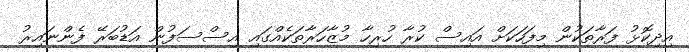
އިދިކޮޅު ފަރާތަކުން މިފަހަކަށް އައިސް ކުރާ ހުރިހާ މުޒާހަރާތަކެއްގައި އިސްސަފުން އަޑުބަރޭ ފެންނައިރު